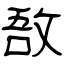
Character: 敔